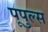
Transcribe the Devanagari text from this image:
पूपुल्स